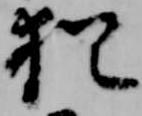
猶